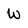
Character: W